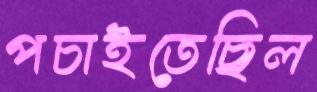
পচাইতেছিল